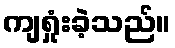
ကျရှုံးခဲ့သည်။